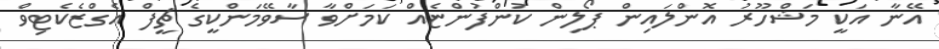
އޭނާ އަކީ މަޝްހޫރު އޮންލައިން ޕޯލިން ކުންފުންޏެއް ކަމަށްވާ ސާވޭމަންކީގެ ޗީފް އެގްޒެކެޓިވް